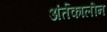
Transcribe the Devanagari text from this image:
अंर्तकालीन